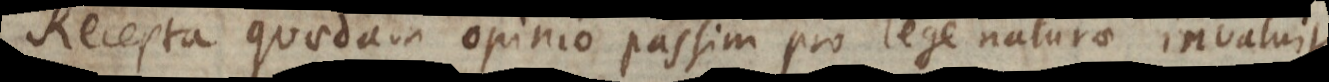
Recepta quaedam opinio passim pro lege naturae invalui